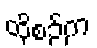
ထိုစဉ်က